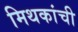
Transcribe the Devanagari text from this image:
मिथकांची